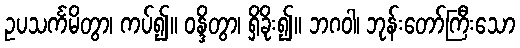
ဥပသင်္ကမိတွာ၊ ကပ်၍။ ဝန္ဒိတွာ၊ ရှိခိုး၍။ ဘဂဝါ၊ ဘုန်းတော်ကြီးသော